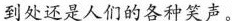
到处还是人们的各种笑声。